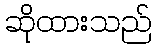
ဆိုထားသည်